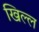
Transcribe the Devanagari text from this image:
खिल्ल